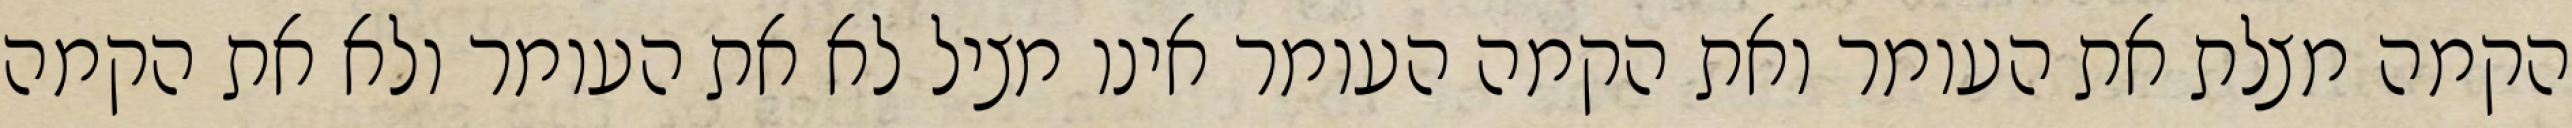
הקמה מצלת את העומר ואת הקמה העומר אינו מציל לא את העומר ולא את הקמה